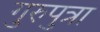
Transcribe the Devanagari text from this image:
गुरुपुत्रा